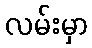
လမ်းမှာ